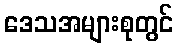
ဒေသအများစုတွင်